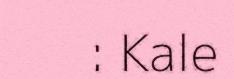
: Kale